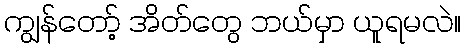
ကျွန်တော့် အိတ်တွေ ဘယ်မှာ ယူရမလဲ။